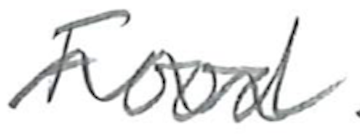
Text: Food
Cross-out: wave
Writing tool: pencil